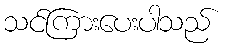
သင်ကြားပေးပါသည်